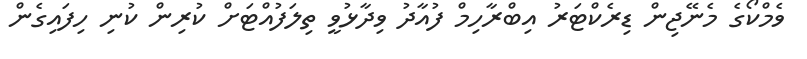
ވެމްކޯގެ މެނޭޖިން ޑިރެކްޓަރު އިބްރާހިމް ފުއާދު ވިދާޅުވީ ތިލަފުއްޓަށް ކުރިން ކުނި ހިފައިގެން